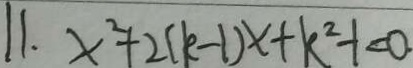
1 1 . x ^ { 2 } + 2 ( k - 1 ) x + k ^ { 2 } - 1 < 0 .